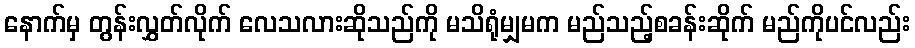
နောက်မှ တွန်းလွှတ်လိုက် လေသလားဆိုသည်ကို မသိရုံမျှမက မည်သည့်စခန်းဆိုက် မည်ကိုပင်လည်း